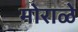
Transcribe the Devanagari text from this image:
मोराळे